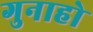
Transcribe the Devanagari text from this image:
गुनाहो